Senior Leaving Certificate, 1942, 1942
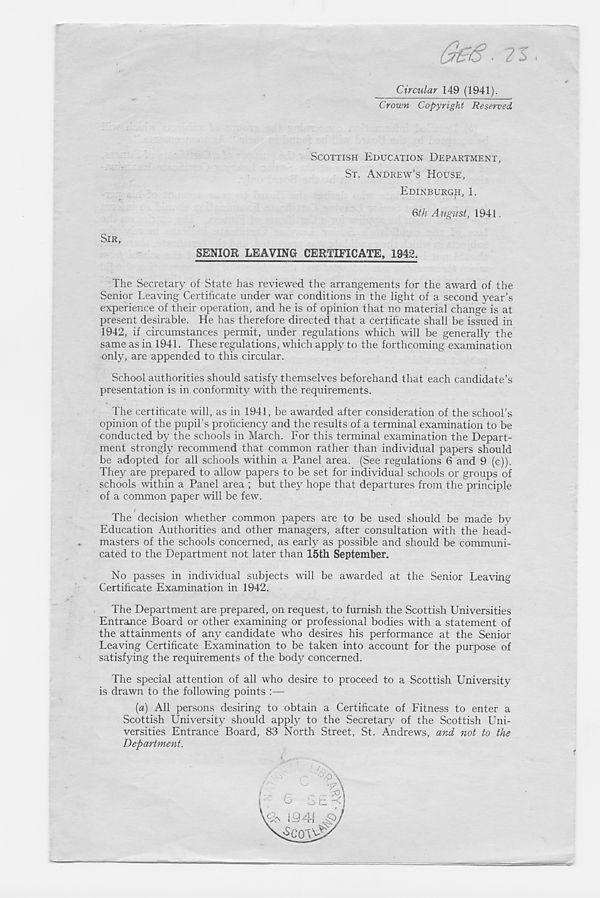
i
Gztf ■ 71
Circular 149 (1941).
Crown Copyright Reserved
SCOTTISH EDUCATION DEPARTMENT,
ST. ANDREW’S HOUSE,
EDINBURGH, 1.
Qth August, 1941.
SIR,
SENIOR LEAVING CERTIFICATE, 1942.
The Secretary of State has reviewed the arrangements for the award of the
Senior Leaving Certificate under war conditions in the light of a second year’s
experience of their operation, and he is of opinion that no material change is at
present desirable. He has therefore directed that a certificate shall be issued in
1942, if circumstances permit, under regulations which will be generally the
same as in 1941. These regulations, which apply to the forthcoming examination
only, are appended to this circular.
School authorities should satisfy themselves beforehand that each candidate’s
presentation is in conformity with the requirements.
The certificate will, as in 1941, be awarded after consideration of the school’s
opinion of the pupil’s proficiency and the results of a terminal examination to be
conducted by the schools in March. For this terminal examination the Depart-
ment strongly recommend that common rather than individual papers should
be adopted for all schools within a Panel area. (See regulations 6 and 9 (c)).
They are prepared to allow papers to be set for individual schools or groups of
schools within a Panel area ; but they hope that departures from the principle
of a common paper will be few.
The decision whether common papers are to be used should be made by
Education Authorities and other managers, after consultation with the head-
masters of the schools concerned, as early as possible and should be communi-
cated to the Department not later than 15th September.
No passes in individual subjects will be awarded at the Senior Leaving
Certificate Examination in 1942.
The Department are prepared, on request, to furnish the Scottish Universities
Entrance Board or other examining or professional bodies with a statement of
the attainments of any candidate who desires his performance at the Senior
Leaving Certificate Examination to be taken into account for the purpose of
satisfying the requirements of the body concerned.
The special attention of all who desire to proceed to a Scottish University
is drawn to the following points :—
{a) All persons desiring to obtain a Certificate of Fitness to enter a
Scottish University should apply to the Secretary of the Scottish Uni-
versities Entrance Board, 83 North Street, St. Andrews, and not to the
Department.